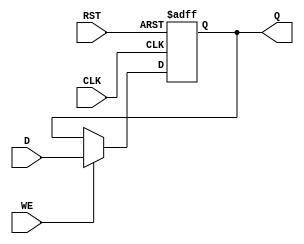
module StoreRegister (
    input wire D,         // Data input
    input wire CLK,       // Clock input
    input wire WE,        // Write Enable
    input wire RST,       // Reset (asynchronous)
    output reg Q          // Stored output
);

// Asynchronous reset and synchronous data capture
always @(posedge CLK or posedge RST) begin
    if (RST) begin
        Q <= 1'b0;       // Reset the stored value to 0
    end else if (WE) begin
        Q <= D;          // Capture the data input on the clock edge if WE is high
    end
    // If WE is low, retain the previous value of Q
end

endmodule